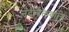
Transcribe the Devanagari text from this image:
नंदीबैलवाले